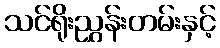
သင်ရိုးညွှန်းတမ်းနှင့်